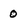
Character: 0